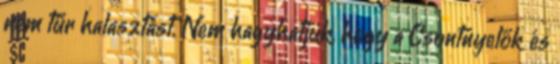
nem tűr halasztást. Nem hagyhatjuk, hogy a Csontnyelők és